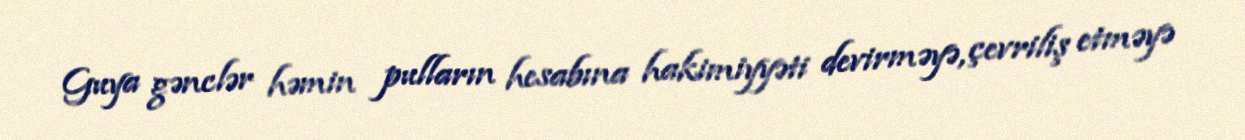
Guya gənclər həmin pulların hesabına hakimiyyəti devirməyə, çevriliş etməyə